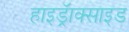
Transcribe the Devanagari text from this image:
हाइड्रॅाक्साइड